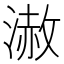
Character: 𣻪